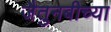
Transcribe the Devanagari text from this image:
जैतुनबीच्या